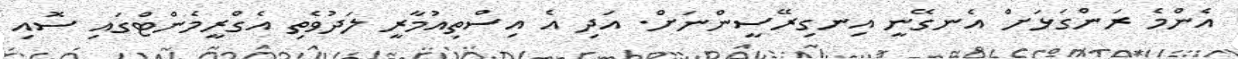
އެންމެ ރަންގަޅަށް އެނގޭނީ އިނގިރޭސީންނަށް. އަދި އެ އިސްތިއުމާރީ ލަދުވެތި އެގްރީމެންޓްގައި ސޮއި